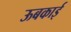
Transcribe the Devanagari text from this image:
ऊबकाई